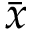
\bar { x }